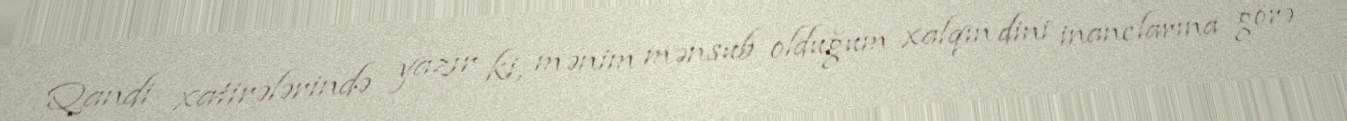
Qandi xatirələrində yazır ki, mənim mənsub olduğum xalqın dini inanclarına görə